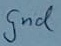
Text: gnd